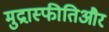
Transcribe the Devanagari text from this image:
मुद्रास्फीतिऔर